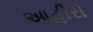
આહીરો